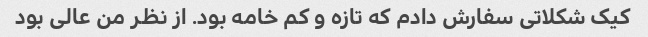
کیک شکلاتی سفارش دادم که تازه و کم خامه بود. از نظر من عالی بود